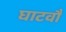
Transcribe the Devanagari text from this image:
घाटवौ